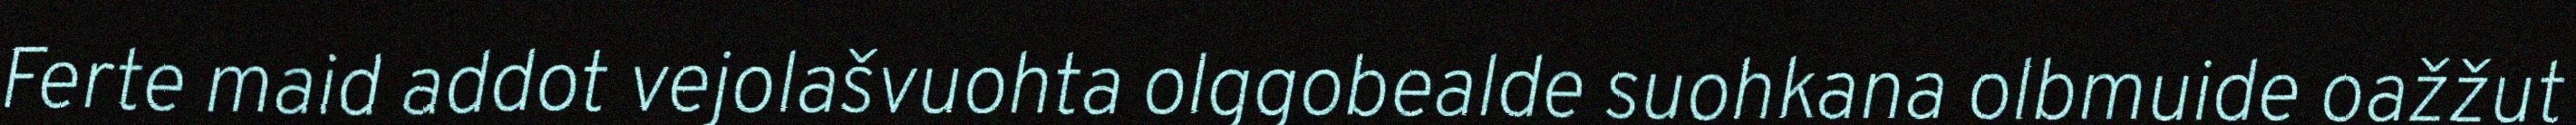
Ferte maid addot vejolašvuohta olggobealde suohkana olbmuide oažžut